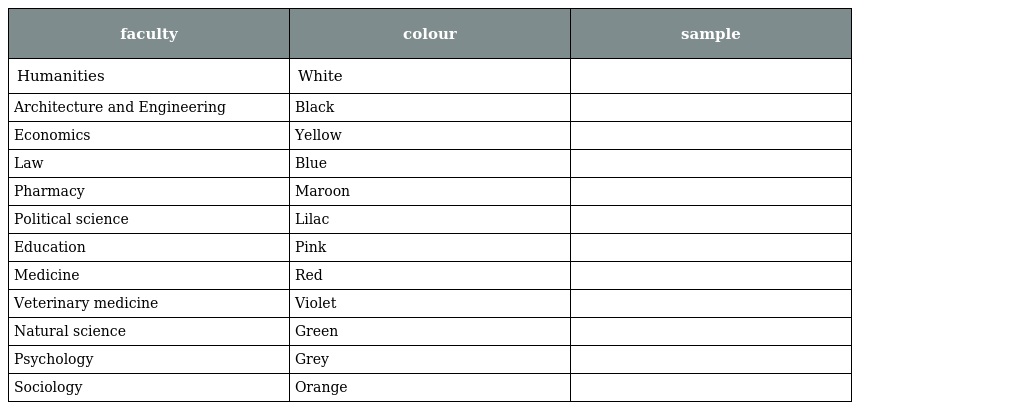
| faculty | colour | sample |
 | --- | --- | --- |
 | Humanities | White |  |
 | Architecture and Engineering | Black |  |
 | Economics | Yellow |  |
 | Law | Blue |  |
 | Pharmacy | Maroon |  |
 | Political science | Lilac |  |
 | Education | Pink |  |
 | Medicine | Red |  |
 | Veterinary medicine | Violet |  |
 | Natural science | Green |  |
 | Psychology | Grey |  |
 | Sociology | Orange |  |